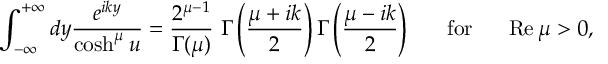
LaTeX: \int _ { - \infty } ^ { + \infty } d y \frac { e ^ { i k y } } { \cosh ^ { \mu } u } = \frac { 2 ^ { \mu - 1 } } { \Gamma ( \mu ) } \, \, \Gamma \left( \frac { \mu + i k } { 2 } \right) \Gamma \left( \frac { \mu - i k } { 2 } \right) ~ ~ ~ ~ ~ \mathrm { f o r } ~ ~ ~ ~ ~ \mathrm { R e } \, \mu > 0 ,